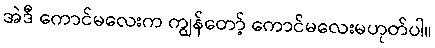
အဲဒီ ကောင်မလေးက ကျွန်တော့် ကောင်မလေးမဟုတ်ပါ။